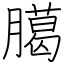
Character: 臈